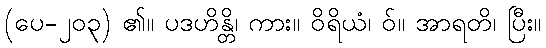
(ပေ-၂၀၃) ၏။ ပဒဟိန္တိ၊ ကား။ ဝိရိယံ၊ ဝ်။ အာရတိ၊ ပြီး။